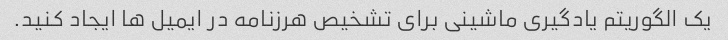
یک الگوریتم یادگیری ماشینی برای تشخیص هرزنامه در ایمیل ها ایجاد کنید.